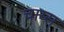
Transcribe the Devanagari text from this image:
चाय्स